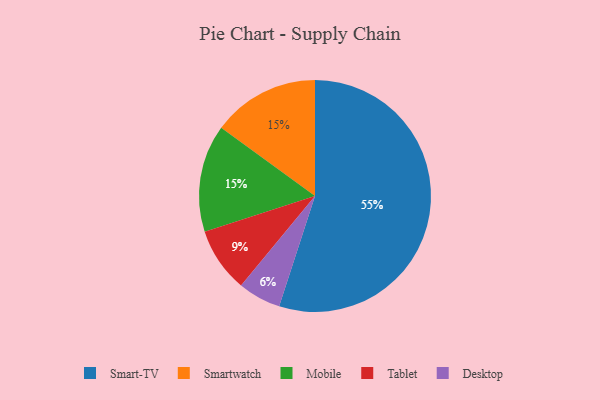
{"axis": {"x": "Category", "y": "Percentage"}, "legend": ["Desktop", "Mobile", "Smart-TV", "Smartwatch", "Tablet"], "data": [{"x": "Desktop", "y": 6, "type": "Desktop"}, {"x": "Smartwatch", "y": 15, "type": "Smartwatch"}, {"x": "Smart-TV", "y": 55, "type": "Smart-TV"}, {"x": "Tablet", "y": 9, "type": "Tablet"}, {"x": "Mobile", "y": 15, "type": "Mobile"}]}